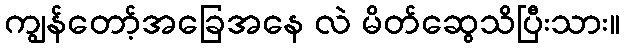
ကျွန်တော့်အခြေအနေ လဲ မိတ်ဆွေသိပြီးသား။